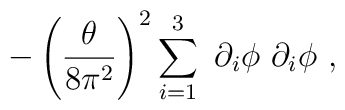
-\left(\frac{\theta}{8\pi^2}\right)^2\sum_{i=1}^{3}\,\,\partial_i\phi\,\, \partial_i\phi~,